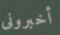
أخبرونى